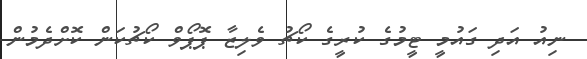
ނިއު އަދި ގައުމީ ޓީމުގެ ކުރީގެ ކޯޗު ވެލިޒާ ޕޮޕޯވް ކޯޗުކަން ކޮށްދެމުން